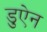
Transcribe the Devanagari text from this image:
डुऐन